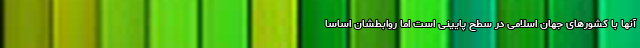
آنها با کشورهای جهان اسلامی در سطح پایینی است اما روابطشان اساساً